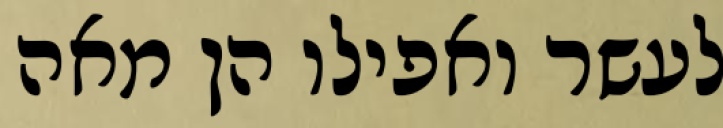
לעשר ואפילו הן מאה